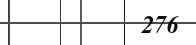
276